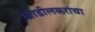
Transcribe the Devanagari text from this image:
खाडीलकरांचा